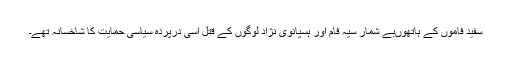
سفید فاموں کے ہاتھوںبے شمار سیہ فام اور ہسپانوی نژاد لوگوں کے قتل اسی درپردہ سیاسی حمایت کا شاخسانہ تھے۔